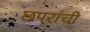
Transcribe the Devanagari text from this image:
छपरांची